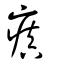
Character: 瘨